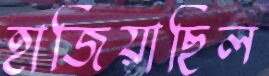
হাজিয়াছিল